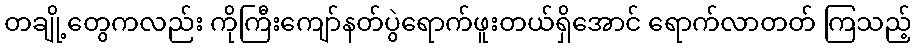
တချို့တွေကလည်း ကိုကြီးကျော်နတ်ပွဲရောက်ဖူးတယ်ရှိအောင် ရောက်လာတတ် ကြသည့်